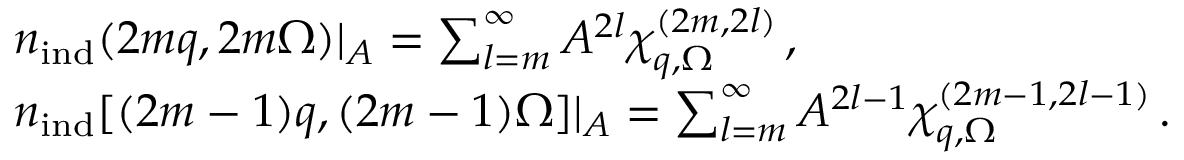
\begin{array} { r l } & { { n } _ { \mathrm { i n d } } ( 2 m \boldsymbol { q } , 2 m \Omega ) | _ { A } = \sum _ { l = m } ^ { \infty } A ^ { 2 l } \chi _ { \boldsymbol { q } , \Omega } ^ { ( 2 m , 2 l ) } \, , } \\ & { { n } _ { \mathrm { i n d } } [ ( 2 m - 1 ) \boldsymbol { q } , ( 2 m - 1 ) \Omega ] | _ { A } = \sum _ { l = m } ^ { \infty } A ^ { 2 l - 1 } \chi _ { \boldsymbol { q } , \Omega } ^ { ( 2 m - 1 , 2 l - 1 ) } \, . } \end{array}